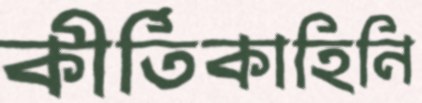
কীর্তিকাহিনি